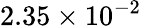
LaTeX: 2.35\times 10^{-2}